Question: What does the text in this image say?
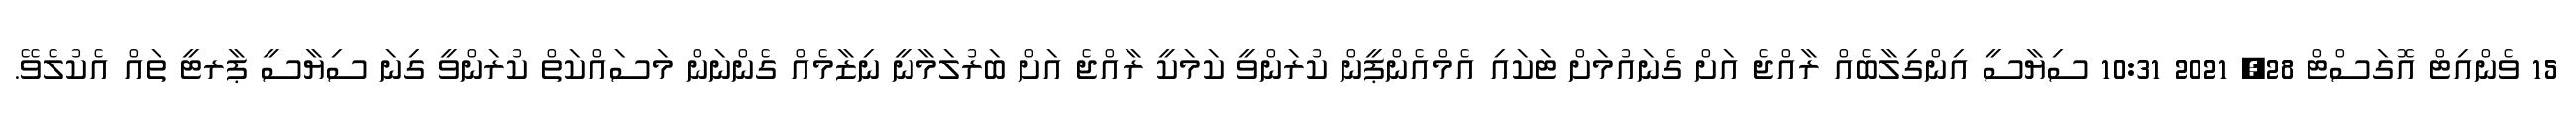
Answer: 15 ވެންއިޓް އޮގަސްޓް 28, 2021 10:31 ސިޔާސީ އިންގިލާބެއް ރާއްޖެ އަށް ގެނައުމަށް ޓަކައި އެމްއެންޕީން ކުރަންވީ ކަމަކީ ރާއްޖެ އަށް ބަރުލަމާނީ ނިޒާމެއް ގެންނަން މަސައްކަތް ކުރަންވީ ގިނަ ސިޔާސީ ޕާރޓީ ތައް އެކުލެވޭ.